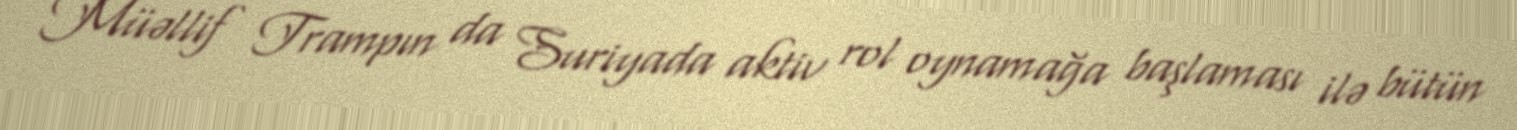
Müəllif Trampın da Suriyada aktiv rol oynamağa başlaması ilə bütün